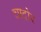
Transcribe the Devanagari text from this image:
चादोर